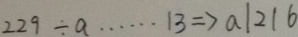
2 2 9 \div a \cdots 1 3 \Rightarrow a \vert 2 \vert 6